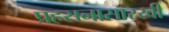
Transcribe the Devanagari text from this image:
प्रहसनासारखी